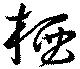
栖